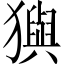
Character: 㺞